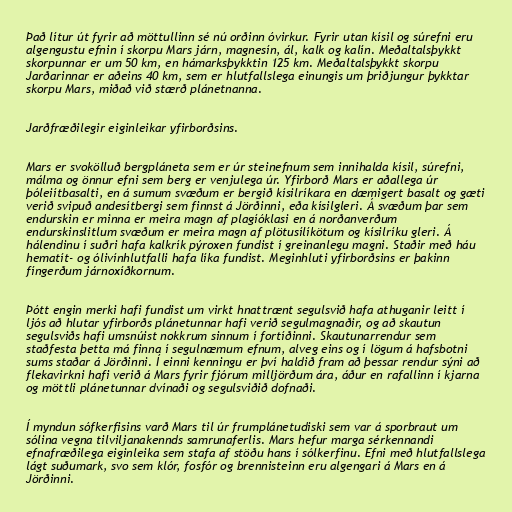
Það lítur út fyrir að möttullinn sé nú orðinn óvirkur. Fyrir utan kísil og súrefni eru
algengustu efnin í skorpu Mars járn, magnesín, ál, kalk og kalín. Meðaltalsþykkt
skorpunnar er um 50 km, en hámarksþykktin 125 km. Meðaltalsþykkt skorpu
Jarðarinnar er aðeins 40 km, sem er hlutfallslega einungis um þriðjungur þykktar
skorpu Mars, miðað við stærð plánetnanna.

Jarðfræðilegir eiginleikar yfirborðsins.

Mars er svokölluð bergpláneta sem er úr steinefnum sem innihalda kísil, súrefni,
málma og önnur efni sem berg er venjulega úr. Yfirborð Mars er aðallega úr
þóleiítbasalti, en á sumum svæðum er bergið kísilríkara en dæmigert basalt og gæti
verið svipuð andesítbergi sem finnst á Jörðinni, eða kísilgleri. Á svæðum þar sem
endurskin er minna er meira magn af plagíóklasi en á norðanverðum
endurskinslitlum svæðum er meira magn af plötusílíkötum og kísilríku gleri. Á
hálendinu í suðri hafa kalkrík pýroxen fundist í greinanlegu magni. Staðir með háu
hematít- og ólivínhlutfalli hafa líka fundist. Meginhluti yfirborðsins er þakinn
fíngerðum járnoxíðkornum.

Þótt engin merki hafi fundist um virkt hnattrænt segulsvið hafa athuganir leitt í
ljós að hlutar yfirborðs plánetunnar hafi verið segulmagnaðir, og að skautun
segulsviðs hafi umsnúist nokkrum sinnum í fortíðinni. Skautunarrendur sem
staðfesta þetta má finna í segulnæmum efnum, alveg eins og í lögum á hafsbotni
sums staðar á Jörðinni. Í einni kenningu er því haldið fram að þessar rendur sýni að
flekavirkni hafi verið á Mars fyrir fjórum milljörðum ára, áður en rafallinn í kjarna
og möttli plánetunnar dvínaði og segulsviðið dofnaði.

Í myndun sófkerfisins varð Mars til úr frumplánetudiski sem var á sporbraut um
sólina vegna tilviljanakennds samrunaferlis. Mars hefur marga sérkennandi
efnafræðilega eiginleika sem stafa af stöðu hans í sólkerfinu. Efni með hlutfallslega
lágt suðumark, svo sem klór, fosfór og brennisteinn eru algengari á Mars en á
Jörðinni.